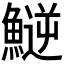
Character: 𩺝